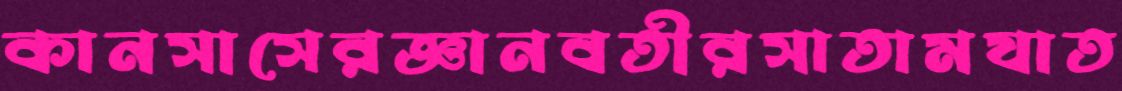
কানসাসেরজ্ঞানবতীরসাতামযাত